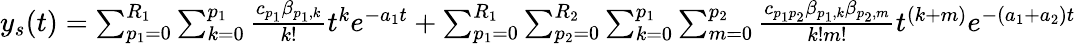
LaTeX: \begin{array}{r}{y_{s}(t)=\sum_{p_{1}=0}^{R_{1}}\sum_{k=0}^{p_{1}}\frac{c_{p_{1}}\beta_{p_{1},k}}{k!}t^{k}e^{-a_{1}t}+\sum_{p_{1}=0}^{R_{1}}\sum_{p_{2}=0}^{R_{2}}\sum_{k=0}^{p_{1}}\sum_{m=0}^{p_{2}}\frac{c_{p_{1}p_{2}}\beta_{p_{1},k}\beta_{p_{2},m}}{k!m!}t^{(k+m)}e^{-(a_{1}+a_{2})t}}\end{array}